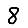
Digit: 8